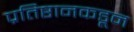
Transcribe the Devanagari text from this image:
प्रतिष्ठानकडून